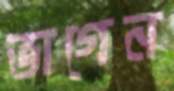
ভাগেন